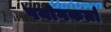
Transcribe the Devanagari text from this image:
पयोगकर्ता